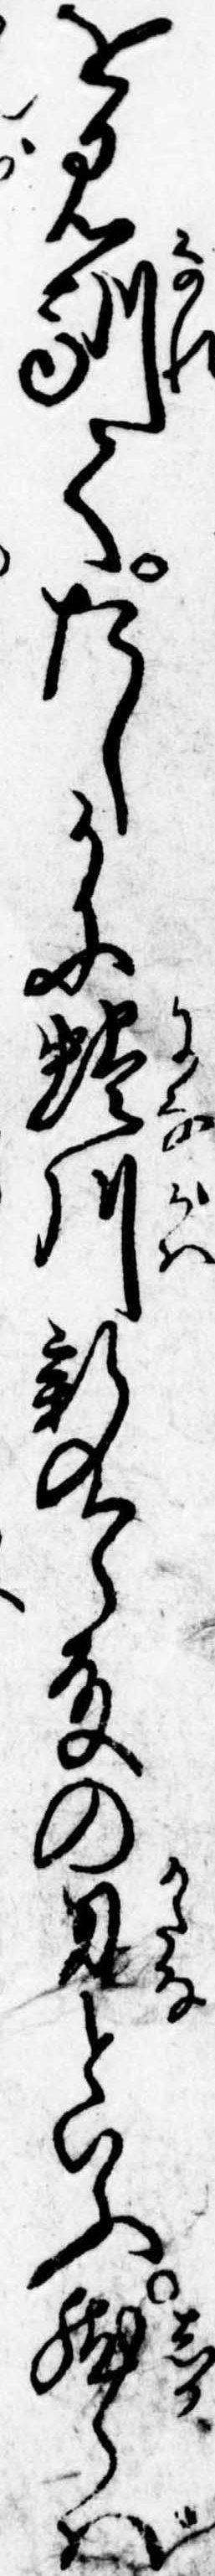
を見馴てたしかに蜷川新九郎殿の刀といふ然らば